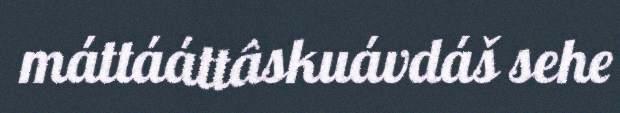
máttááttâskuávdáš sehe